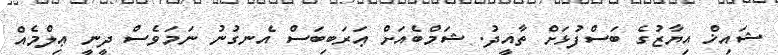
ޝައިޚް އިޔާޒުގެ ބަސްފުޅަށް ތާއީދު. ޝަމްބެއަށް ޢަރަބިބަސް އެނގުނު ނަމަވެސް ދީނީ ޢިލްމެއް